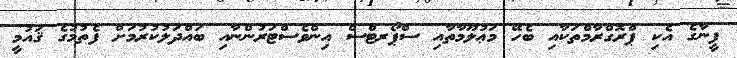
ފީނާގެ އެކި ޕްރޮގްރާމްތަކާއި ބެހޭ މަޢުލޫމާތާއި ސްޕޯރޓްސް އިންވެސްޓަރުންނާއި ބައްދަލުކުރުމަށް ފެތުމުގެ ޤައުމީ